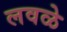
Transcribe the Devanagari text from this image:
लवळे